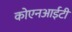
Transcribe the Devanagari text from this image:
कोएनआईटी